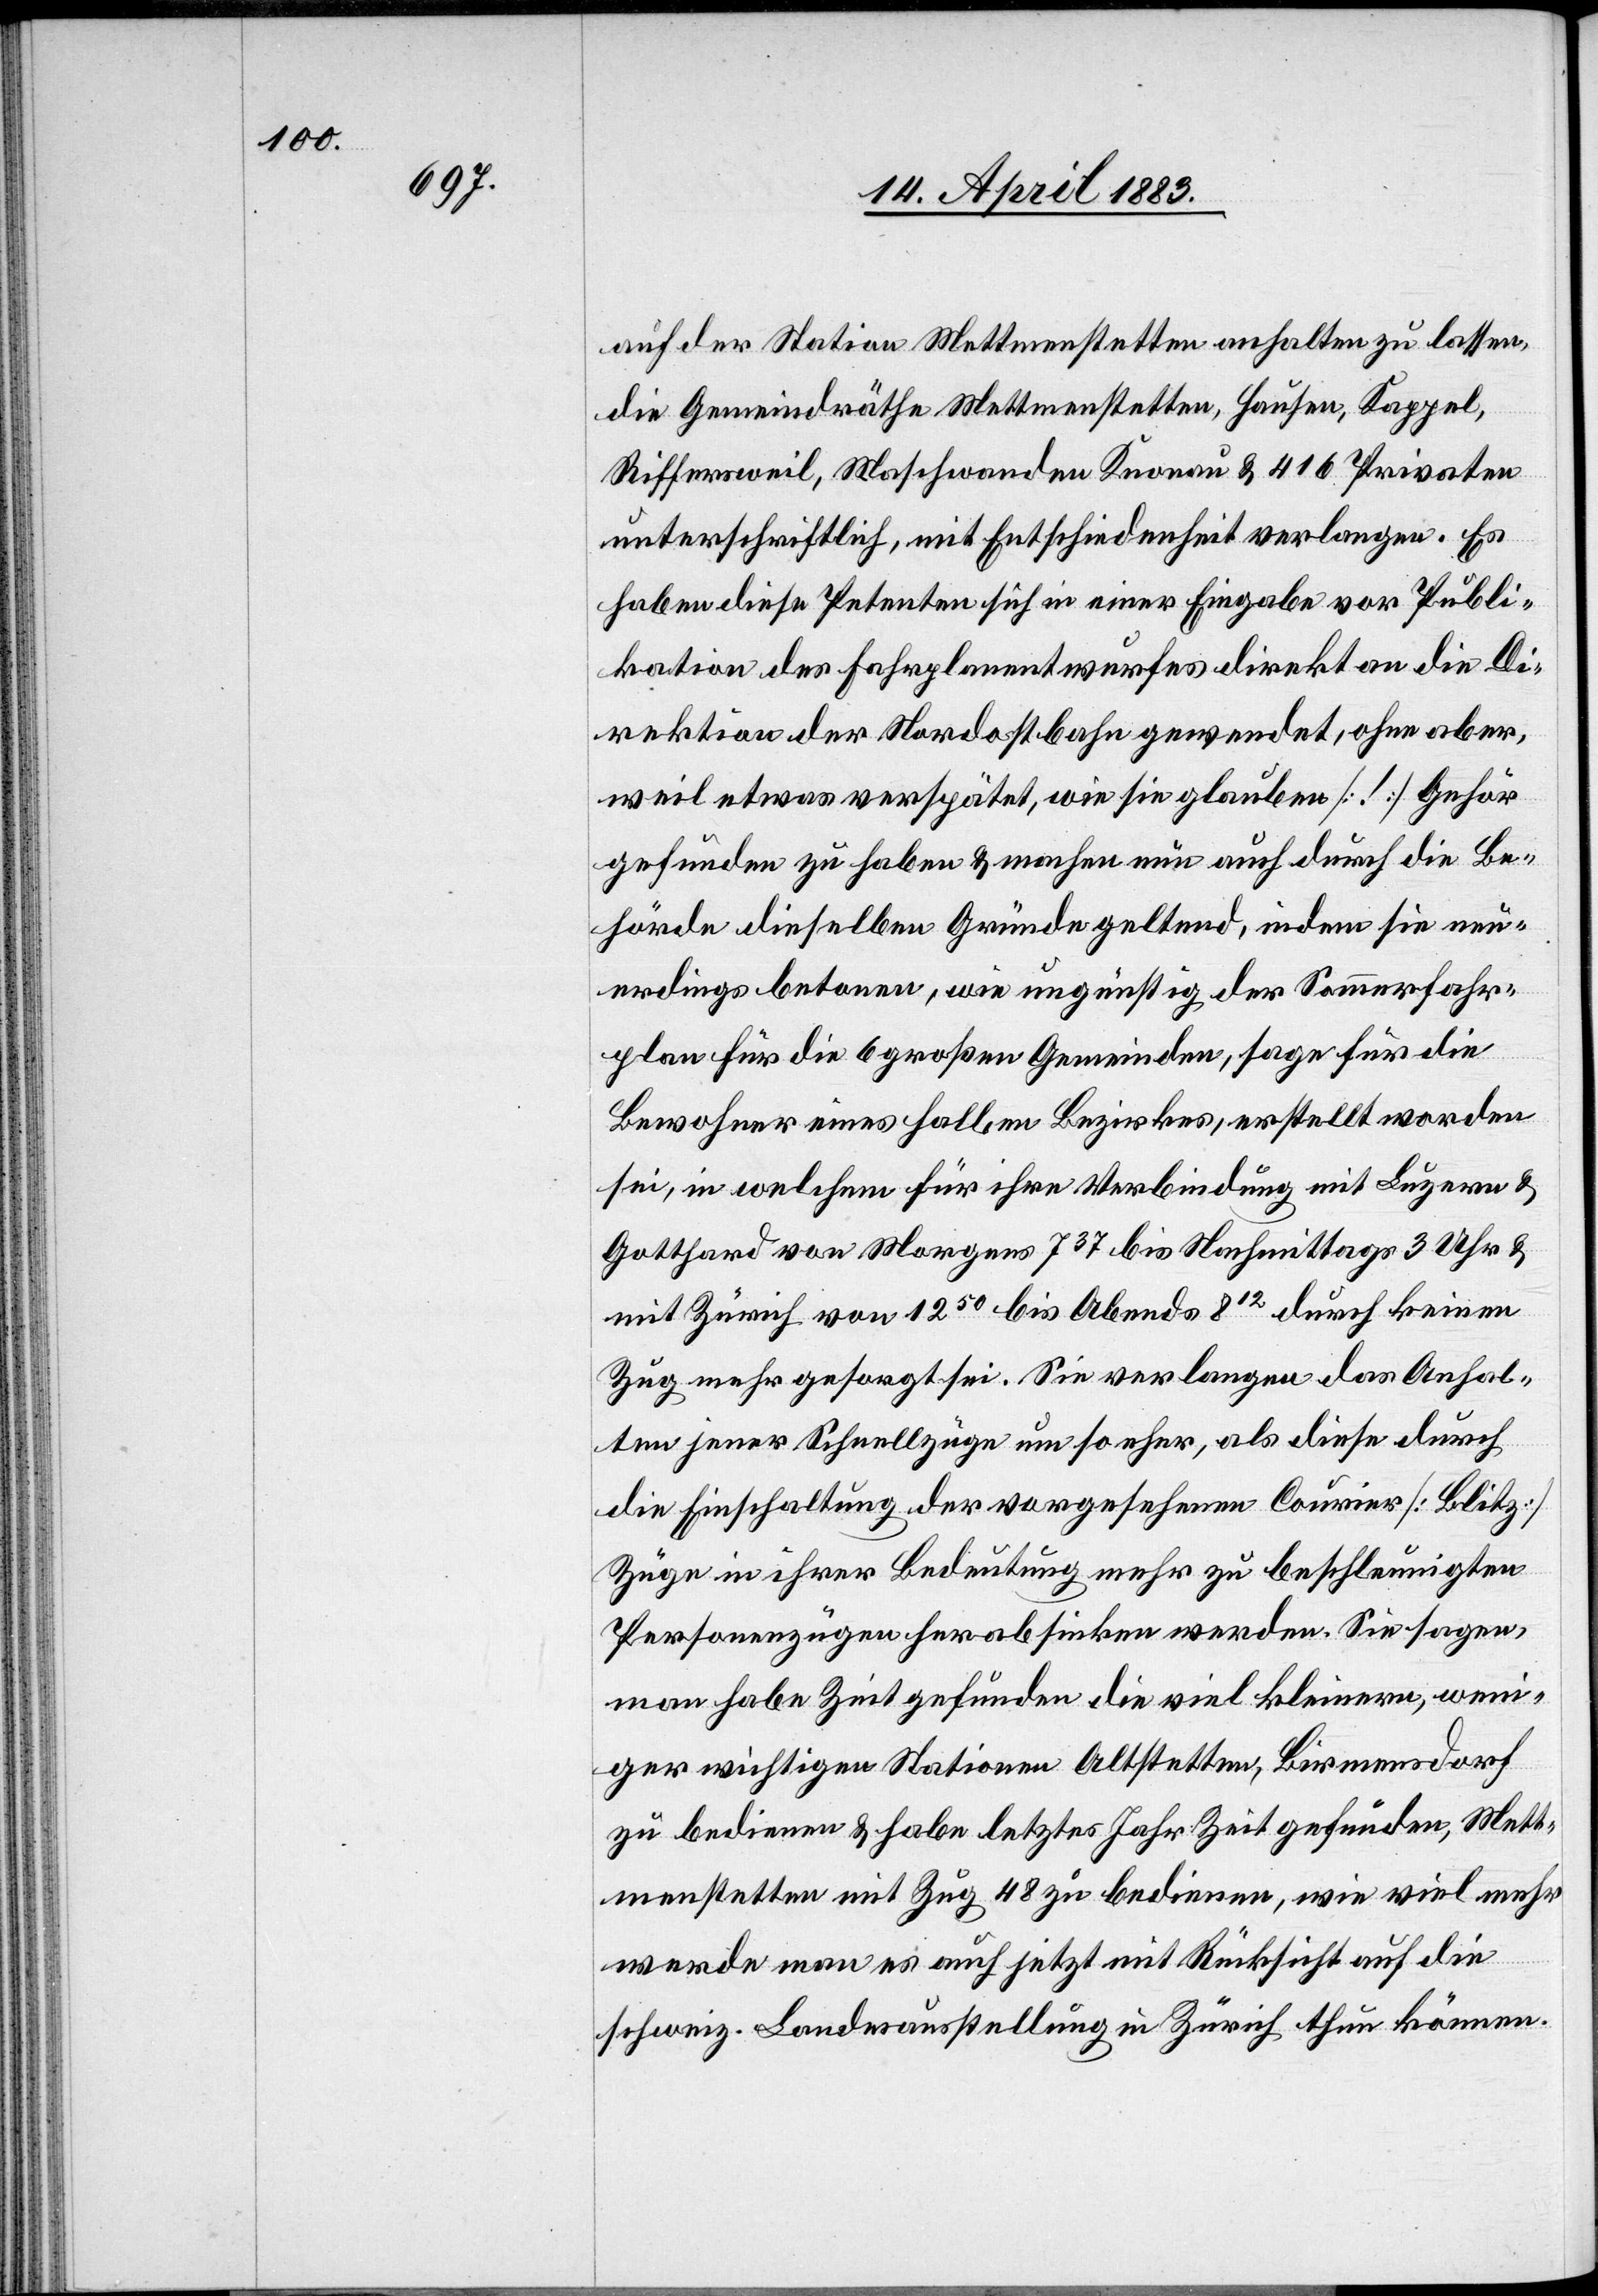
auf der Station Mettmenstetten anhalten zu lassen,
die Gemeindräthe Mettmenstetten, Hausen, Kappel,
Riffersweil, Maschwanden Knonau & 416 Privaten
unterschriftlich, mit Entschiedenheit verlangen. Es
haben diese Petenten sich in einer Eingabe vor Publi¬
kation des Fahrplanentwurfes direkt an die Di¬
rektion der Nordostbahn gewendet, ohne aber,
weil etwas verspätet, wie sie glauben [!] Gehör
gefunden zu haben & machen nun auch durch die Be¬
hörde dieselben Gründe geltend, indem sie neu¬
erdings betonen, wie ungünstig der Sommerfahr¬
plan für die 6 großen Gemeinden, sage für die
Bewohner eines halben Bezirkes, erstellt worden
sei, in welchem für ihre Verbindung mit Luzern &
Gotthard von Morgens 737 bis Nachmittags 3 Uhr &
mit Zürich von 1250 bis Abends 812 durch keinen
Zug mehr gesorgt sei. Sie verlangen das Anhal¬
ten jener Schnellzüge um so eher, als diese durch
die Einschaltung der vorgesehenen Courier [Blitz]
Züge in ihrer Bedeutung mehr zu beschleunigten
Personenzüge herabsinken werden. Sie sagen,
man habe Zeit gefunden die viel kleineren, weni¬
ger wichtigen Stationen Altstetten, Birmensdorf
zu bedienen & habe letztes Jahr Zeit gefunden, Mett¬
menstetten mit Zug 48 zu bedienen, wie viel mehr
werde man es auch jetzt mit Rücksicht auf die
schweiz. Landesausstellung in Zürich thun können.